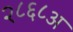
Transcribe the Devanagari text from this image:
२८६८अ